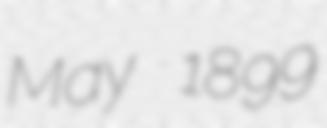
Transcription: May 1899